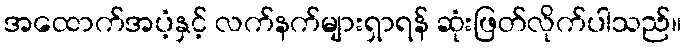
အထောက်အပံ့နှင့် လက်နက်များရှာရန် ဆုံးဖြတ်လိုက်ပါသည်။